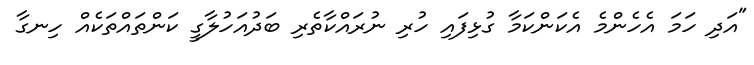
"އަދި ހަމަ އެހެންމެ އެކަންކަމާ ގުޅިފައި ހުރި ނުރައްކާތެރި ބަދުއަހުލާގީ ކަންތައްތަކެއް ހިނގާ